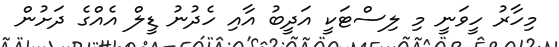
މިހާރު ހީވަނީ މި ލިސްޓަކީ އަދީބު އާއި ހެދުނު ޑީލް އެއްގެ ދަށުން